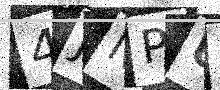
Text: 4JNPUN